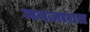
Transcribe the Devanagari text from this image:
नवजाग्रत